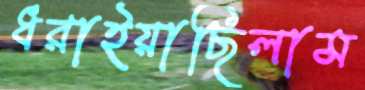
ধরাইয়াছিলাম